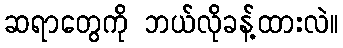
ဆရာတွေကို ဘယ်လိုခန့်ထားလဲ။